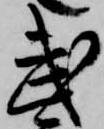
武